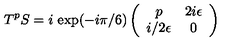
T ^ { p } S = i \ \mathrm { e x p } ( - i \pi / 6 ) \left( \begin{array} { c c } { p } & { 2 i \epsilon } \\ { i / 2 \epsilon } & { 0 } \\ \end{array} \right)